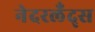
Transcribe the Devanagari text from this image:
नेदरलँद्स